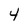
Character: 4